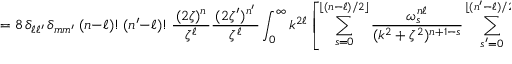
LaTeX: = 8 \, \delta _ { \ell \ell ^ { \prime } } \, \delta _ { m m ^ { \prime } } ~ ( n - \ell ) ! ~ ( n ^ { \prime } - \ell ) ! ~ { \frac { \, ( 2 \zeta ) ^ { n } \, } { \zeta ^ { \ell } } } { \frac { \, ( 2 \zeta ^ { \prime } ) ^ { n ^ { \prime } } \, } { \zeta ^ { \ell } } } \int _ { 0 } ^ { \infty } k ^ { 2 \ell } \left[ \sum _ { s = 0 } ^ { \lfloor ( n - \ell ) / 2 \rfloor } { \frac { \omega _ { s } ^ { n \ell } } { ( k ^ { 2 } + \zeta ^ { 2 } ) ^ { n + 1 - s } } } \sum _ { s ^ { \prime } = 0 } ^ { \lfloor ( n ^ { \prime } - \ell ) / 2 \rfloor } { \frac { \omega _ { s ^ { \prime } } ^ { n ^ { \prime } \ell ^ { \prime } } } { ~ ~ ( k ^ { 2 } + \zeta ^ { 2 } ) ^ { n ^ { \prime } + 1 - s ^ { \prime } } ~ } } \right] \operatorname { d } k